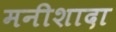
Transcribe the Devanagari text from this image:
मनीशादा